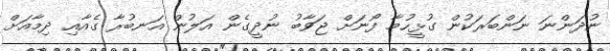
ނުދަންނަ ނަންބަރަކުން ގުޅީހުމާ ފޯނަށް ޖަވާބު ނުދީގެން އަލުން އަނބުރާ ގެއާއި ދިމާއަށް